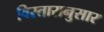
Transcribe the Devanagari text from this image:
विस्तारानुसार